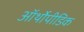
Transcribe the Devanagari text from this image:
ऑर्थोपीडिक